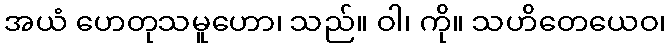
အယံ ဟေတုသမူဟော၊ သည်။ ဝါ၊ ကို။ သဟိတေယေဝ၊